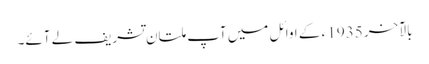
بالآخر 1935 ء کے اوائل میں آپ ملتان تشریف لے آئے۔